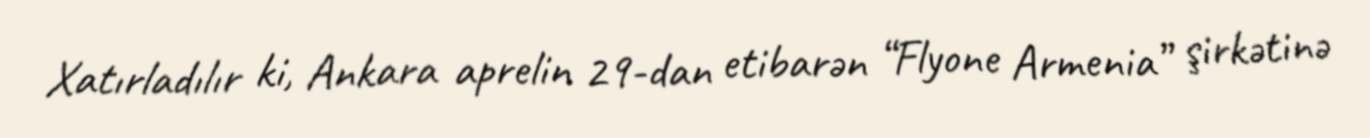
Xatırladılır ki, Ankara aprelin 29-dan etibarən “Flyone Armenia” şirkətinə